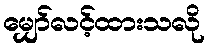
မျှော်လင့်ထားသလို